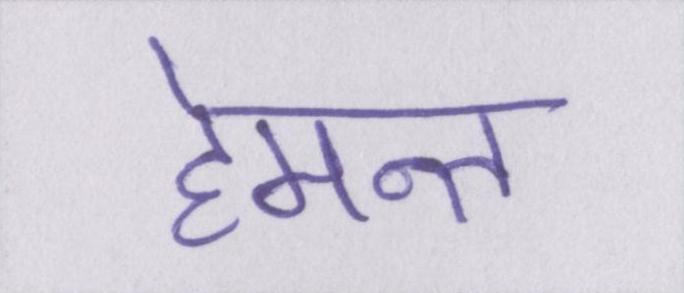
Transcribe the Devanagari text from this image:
हेमन्त